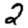
Digit: 2